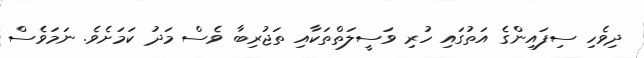
ދިވެހި ސިފައިންގެ އަތުގައި ހުރި ވަސީލަތްތަކާއި ތަޖުރިބާ ވެސް މަދު ކަމަށެވެ. ނަމަވެސް